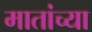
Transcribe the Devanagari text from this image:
मातांच्या